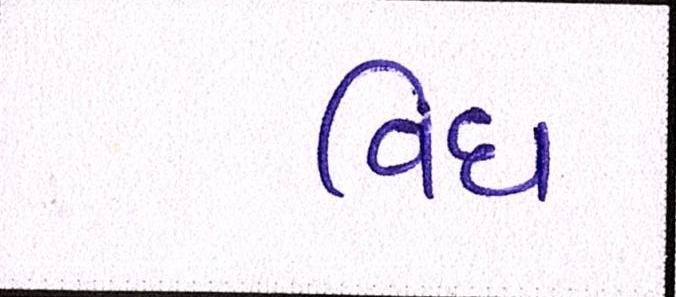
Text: વિધ